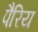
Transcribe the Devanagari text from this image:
पैरिय